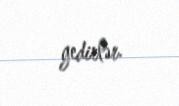
gedirlər.